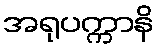
အရုပက္ကာနိ